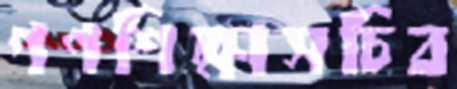
গণশিক্ষাসচিব